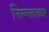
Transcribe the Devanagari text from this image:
निरूक्ताकार